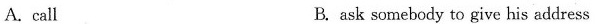
A. call B. ask somebody to give his address